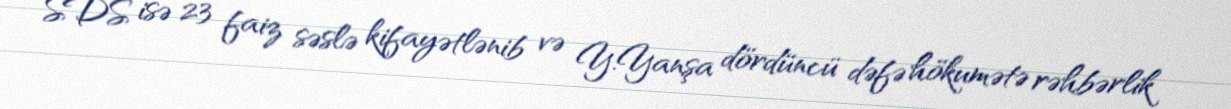
SDS isə 23 faiz səslə kifayətlənib və Y.Yanşa dördüncü dəfə hökumətə rəhbərlik